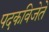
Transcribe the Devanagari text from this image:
पदकविजेते